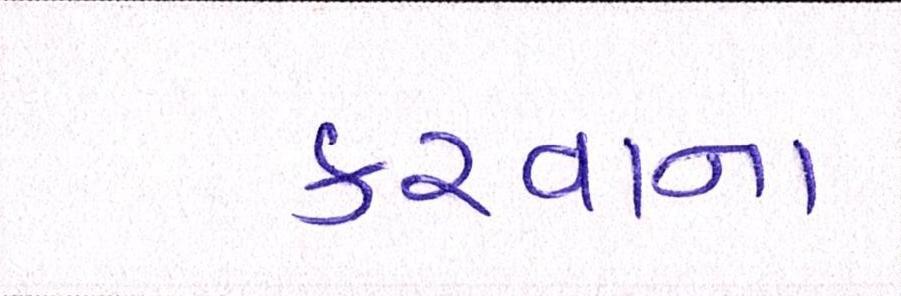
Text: કરવાના